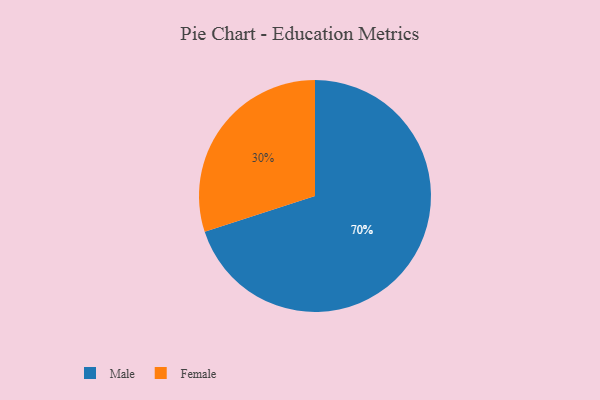
{"axis": {"x": "Category", "y": "Percentage"}, "legend": ["Female", "Male"], "data": [{"x": "Male", "y": 70, "type": "Male"}, {"x": "Female", "y": 30, "type": "Female"}]}